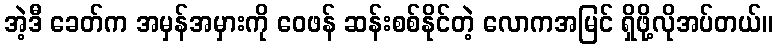
အဲ့ဒီ ခေတ်က အမှန်အမှားကို ဝေဖန် ဆန်းစစ်နိုင်တဲ့ လောကအမြင် ရှိဖို့လိုအပ်တယ်။